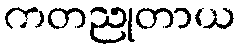
ကတညုတာယ